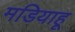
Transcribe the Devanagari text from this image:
मडियाहू